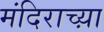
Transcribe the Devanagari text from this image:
मंदिराच्य़ा